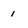
Character: 1